Lunatic asylums United Provinces 1909-1921 - 1909-1921
Year: 1909
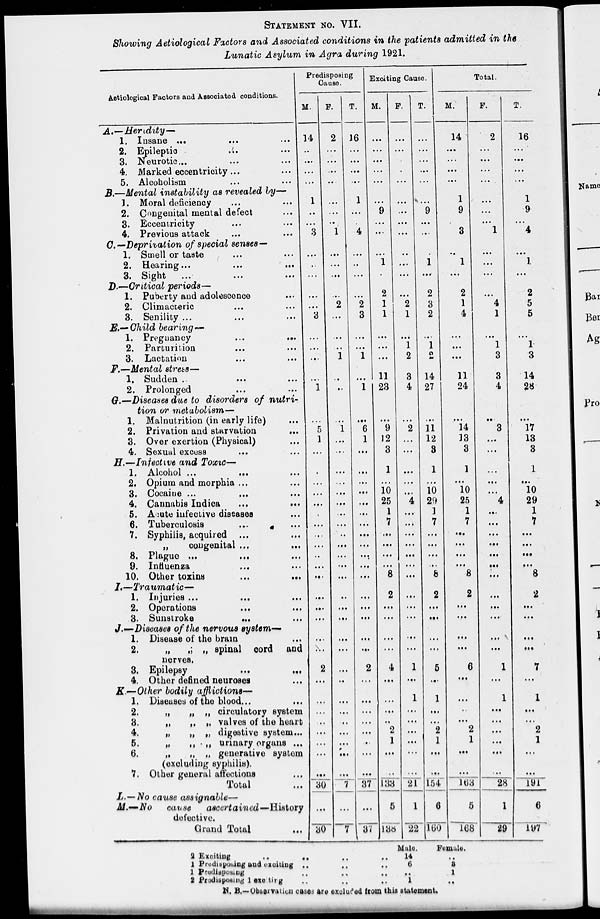
STATEMENT NO. VII.
Showing Aetiological Factors and Associated conditions in the patients admitted in the
Lunatic Asylum in Agra during 1921.
Aetiological Factors and Associated conditions.
A.—Heredity—
1.
2.
3.
4.
5.
Insane
...
...
...
Epileptic ... ...
Neurotic... ... ...
Marked eccentricity... ...
Alcoholism ... ...
B.—Mental instability as revealed by—
1.
2.
3.
4.
Moral deficiency ... ...
Congenital mental defect ...
Eccentricity ... ...
Previous attack ... ...
C.—Deprivation of special senses—
1.
2.
3.
Smell or taste ... ...
Hearing...
...
...
Sight ... ... ...
D.—Critical periods—
1.
2.
3.
Puberty and adolescence ...
Climacteric ... ...
Senility ... ... ...
E.— Child bearing —
1.
2.
3.
Pregnancy
...
...
Parturition ... ...
Lactation ... ...
F.—Mental stress—
1.
2.
Sudden .. ... ...
Prolonged ... ...
G.—Diseases due to disorders of nutri-
tion or metabolism—
1.
2.
3.
4.
Malnutrition (in early life) ...
Privation and starvation
...
Over exertion (Physical) ...
Sexual excess ... ...
H.—Infective and Toxic—
1.
2.
3.
4.
5.
6.
7.
8.
9.
10.
Alcohol ... ... ...
Opium and morphia ... ...
Cocaine ... ... ...
Cannabis Indica ... ...
Acute infective diseases ...
Tuberculosis ... ...
Syphilis, acquired ... ...
„
congenital ... ...
Plague ... ... ...
Influenza ... ...
Other toxins
...
...
I.—Traumatic—
1.
2.
3.
Injuries ... ... ...
Operations ... ...
Sunstroke ... ...
J.—Diseases of the nervous
system-
1.
2.
3.
4.
Disease of the brain ...
„ „ „ spinal cord and
nerves.
Epilepsy
... ...
Other defined neuroses ...
K.—Other bodily afflictions—
1.
2.
3.
4.
5.
6.
7.
Diseases of the blood... ...
„
„ „ circulatory system
„ „ „ valves of the heart
„
„ „ digestive system...
„
„
„ urinary organs ...
„ „ „ generative system
(excluding syphilis).
Other general affections ...
Total ...
L. — No cause assignable—
M.—No
cause
ascertained—History
defective.
Grand Total ...
Predisposing
Cause.
M.
14
..
...
...
...
1
..
...
3
...
..
...
...
...
3
...
...
...
...
1
...
5
1
...
.
...
...
...
.
...
...
...
..
...
...
...
...
...
...
...
2
...
...
...
..
...
...
...
...
30
...
30
F.
2
...
...
...
..
...
...
..
1
...
...
...
...
2
...
...
...
1
...
...
...
1
...
...
...
...
...
...
...
...
..
...
...
...
...
..
...
...
...
...
...
..
...
...
..
...
...
...
...
...
...
7
T.
16
...
...
...
...
1
...
...
4
...
..
...
...
2
3
...
...
1
...
1
...
6
1
...
...
...
...
...
...
...
...
...
...
...
...
...
...
...
...
...
2
...
...
...
...
...
..
...
...
37
...
37
Exciting Cause.
M.
...
...
...
...
...
...
9
...
...
...
1
.
2
1
1
...
...
...
11
23
...
9
12
3
1
...
10
25
1
7
...
...
...
...
8
2
...
...
...
...
4
...
...
..
2
1
...
..
133
5
138
F .
...
...
...
.
...
...
...
...
...
..
...
...
...
2
1
...
1
2
3
4
...
2
...
...
...
...
...
4
...
...
...
...
...
...
...
...
...
...
...
...
1
...
1
...
...
...
...
...
...
21
1
22
T.
...
...
...
...
...
...
9
...
...
.
1
...
2
3
2
...
1
2
14
27
...
11
12
3
1
...
10
29
1
7
...
...
...
...
8
2
...
...
...
...
5
...
1
...
...
2
1
...
...
154
6
160
Total.
M.
14
...
...
...
...
1
9
3
..
1
...
2
1
4
...
...
...
11
24
...
14
13
3
1
...
10
25
1
7
...
...
...
...
8
2
...
...
...
...
6
...
...
..
...
2
1
...
...
163
5
168
F.
2
...
...
...
...
...
...
...
1
...
...
...
...
4
1
...
1
3
3
4
..
3
...
...
...
...
...
4
...
...
...
...
...
...
...
...
...
...
...
...
1
...
1
...
...
...
...
...
...
28
1
29
T.
16
...
...
...
...
1
9
...
4
...
1
...
2
5
5
...
1
3
14
28
...
17
13
3
1
...
10
29
1
7
...
...
...
...
8
2
...
...
...
...
7
...
1
...
...
2
1
...
...
191
6
197
2 Exciting .. .. .. ..
1 Predisposing and exciting .. .. ..
1 Predisposing .. .. ..
2 Predisposing 1 exciting .. .. ..
Male.
14
6
..
1
Female.
..
3
1
..
N. B.—Observation cases are excluded from this statement.